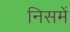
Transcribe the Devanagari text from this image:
निसमें